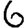
Digit: 6